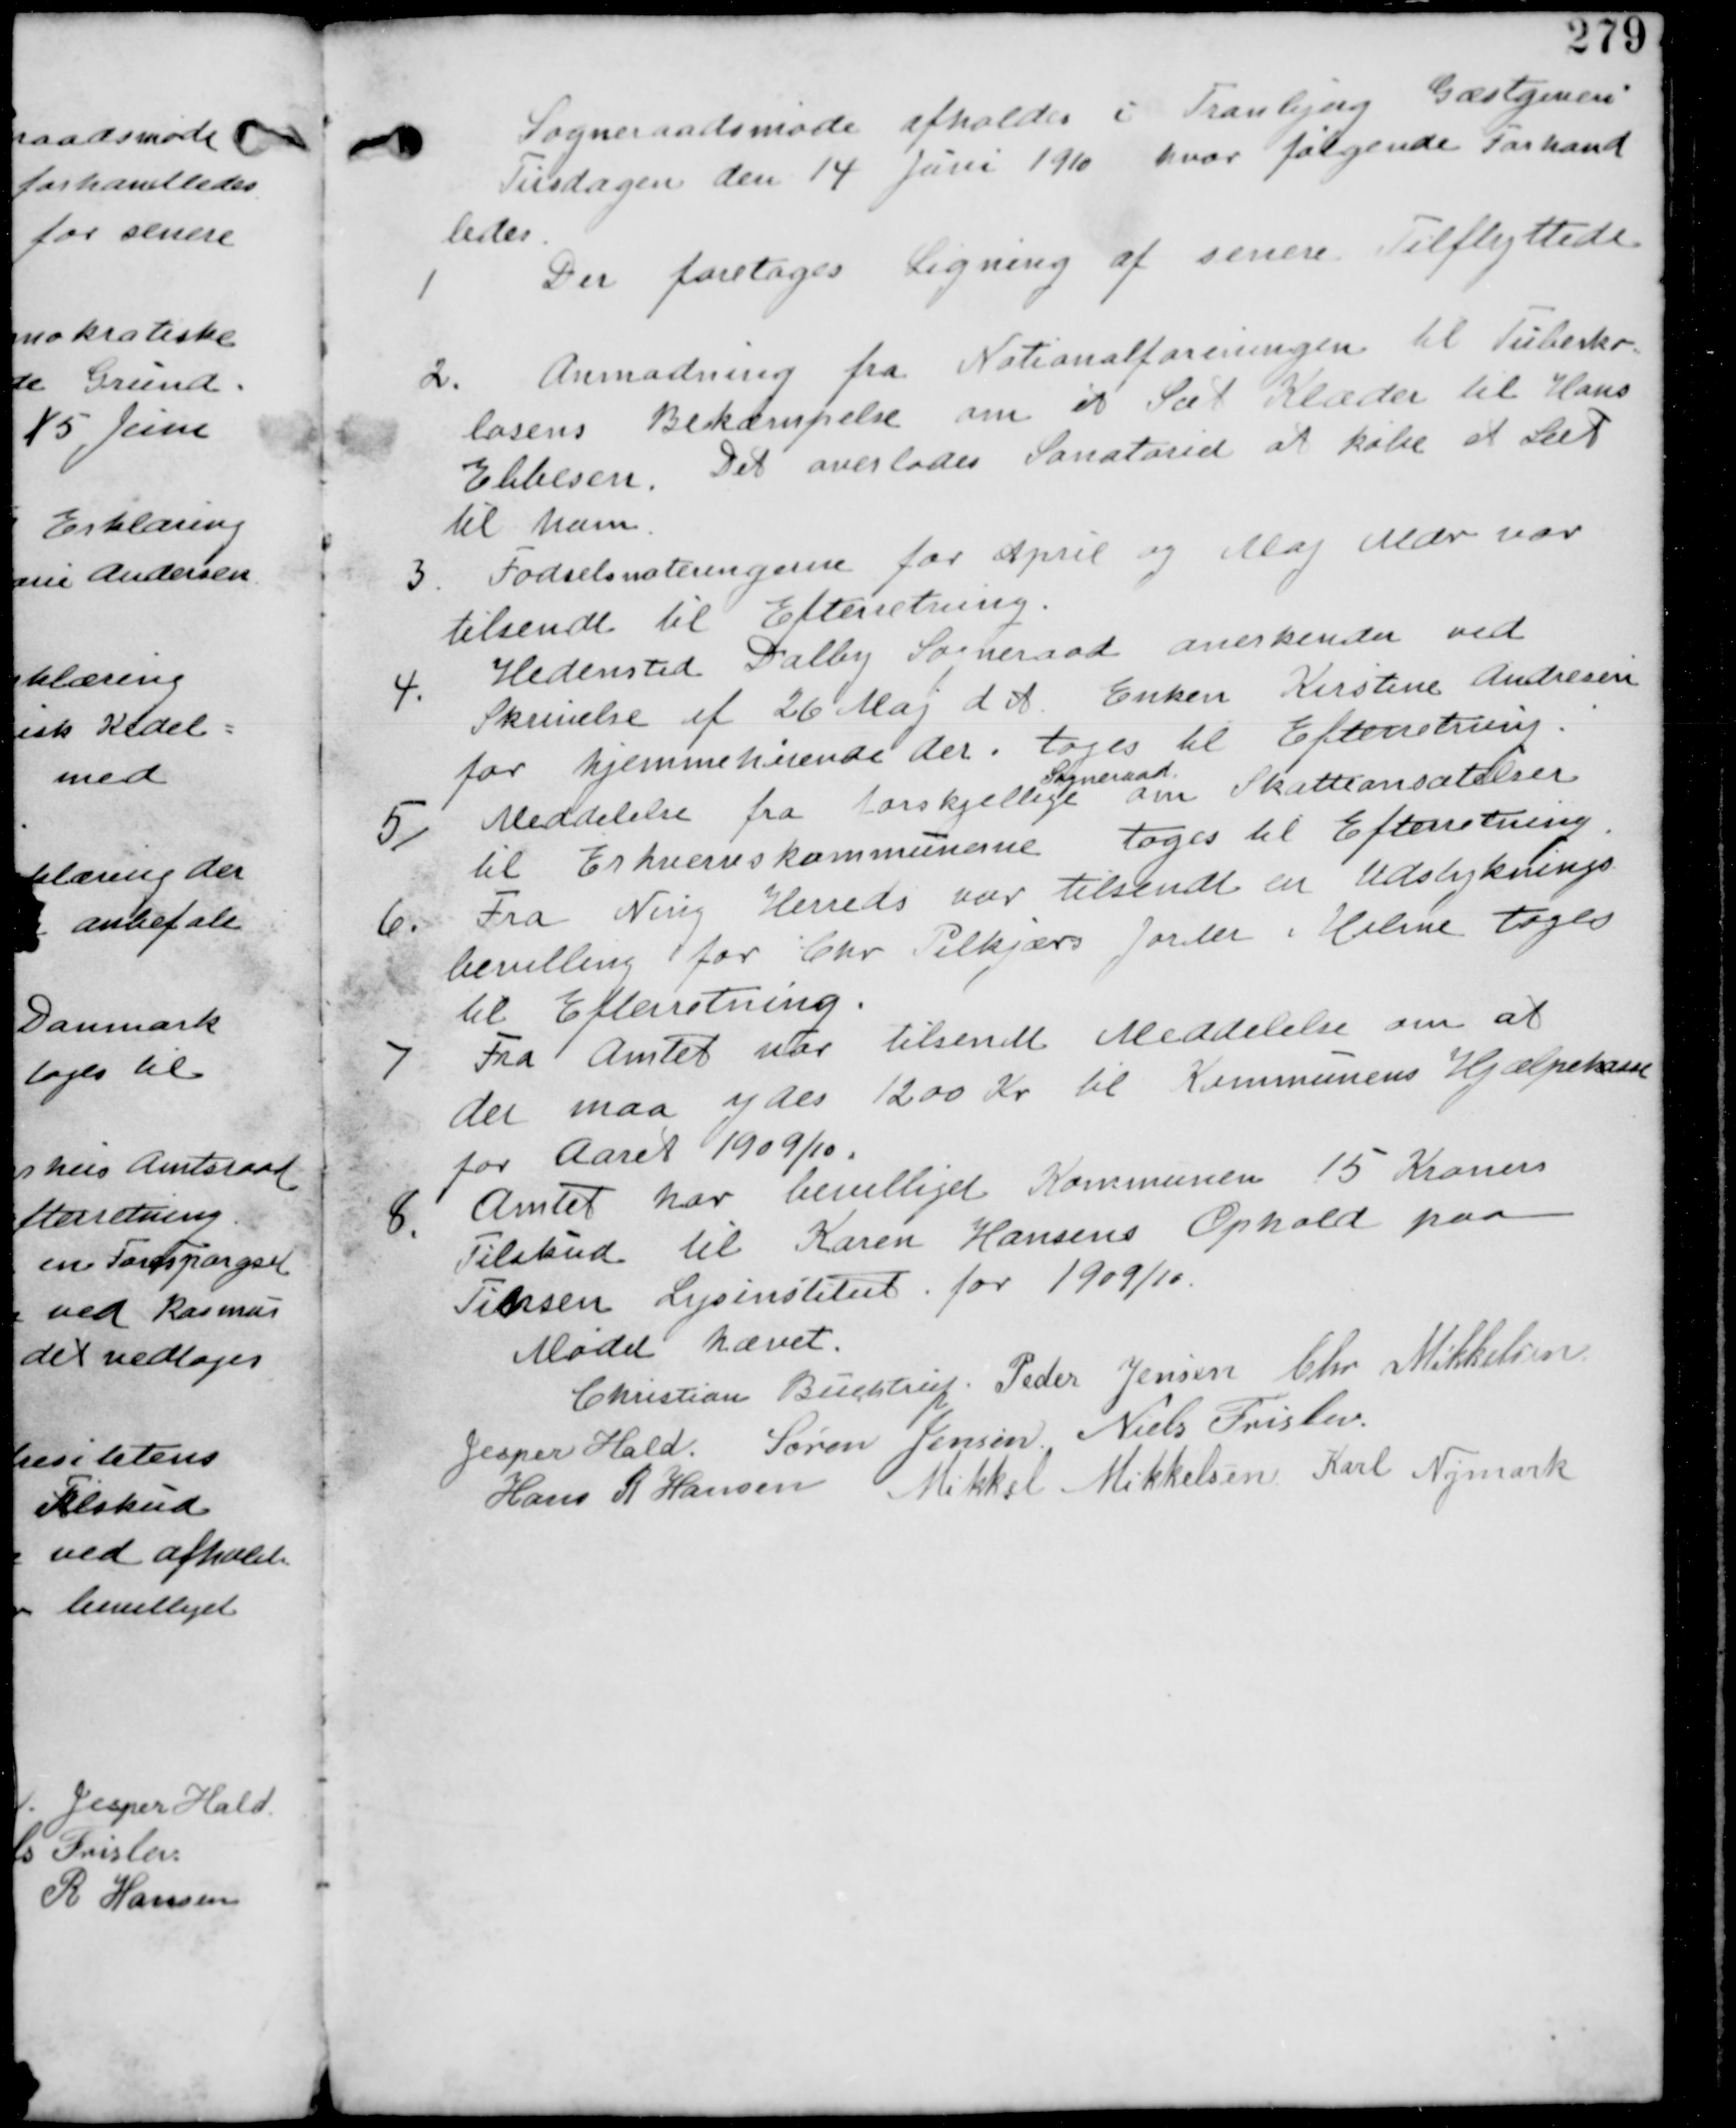
Transskription:
Sogneraadsmøde afholdes i Tranbjerg Gæstgiveri
Tirsdagen den 14 Juni 1910 hvor følgende Forhandled
ledes

1
Der foretages Ligning af senere Tilflyttede.

2. Anmodning fra Nationalforeningen til Tuberku
losens Bekæmpelse om et sæt Klæder til Hans
Ebbesen. Det overlades Sanatoriet at købe et Sæt
til ham.

3. Fødselsnoteringerne for April og Maj Mdr var
tilsendt til Efterretning.

4.
Hedensted Dalby Sogneraad anerkender ved
Skrivelse af 26 Maj d A Enken Kirstine Andresen
for hjemmehørende der. tages til Efterretning.

5. Meddelelse fra forskellige
Sogneraad
om Skatteansættelser
til Erhvervskommunerne. tages til Efterretning

6. Fra Ning Herreds var tilsendt en Udstyknings
bevilling for Chr Pilkjærs Jorder i Holme tages
til Efterretning.

7 Fra Amtet var tilsendt Meddelelse om at
der maa ydes 1200 Kr til Kommunernes Hjælpekasse
for Aaret 1909/10.

8.
Amtet har bevilliget Kommunen 15 Kroners
Tilskud til Karen Hansens Ophold paa
Finsens Lysinstitut for 1909/10

Mødet hævet
Christian Buchtrup. Peder Jensen Chr Mikkelsen
Jesper Hald. Søren Jensen Niels Frislev
Hans R Hansen Mikkel Mikkelsen Karl Nymark